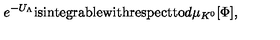
e ^ { - U _ { \Lambda } } \mathrm { i s i n t e g r a b l e w i t h r e s p e c t t o } d \mu _ { K ^ { 0 } } [ \Phi ] ,